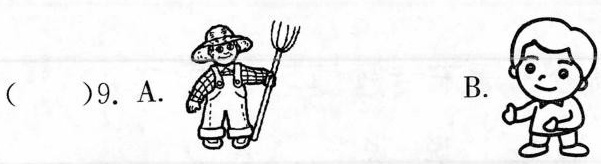
( )9.A. B.